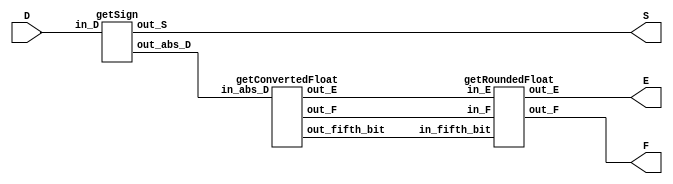
`timescale 1ns / 1ps

// 12 bits to floating point
//   7  |   6 5 4  | 3 2 1 0
//  sign| exponent | significand
module FPCVT(
    //Input data in Two's Complement Representation.
    input [11:0] D,
    // Sign bit of the Floating Point Representation.
    output S,
    // 3-Bit Exponent of the Floating Point Representation.
    output [2:0] E,
    // 4-Bit Significand of the Floating Point Representation.
    output [3:0] F
    );
    
    //create wires
    wire [11:0] m_abs_D; 
    wire [2:0] m_E;
    wire [3:0] m_F;
    wire m_fifth_bit;
    wire out_S;
    wire [2:0] out_E;
    wire [3:0] out_F;

    // create 3 modules
    // sign module
    getSign m_getSign(
    .in_D(D),
    .out_S(out_S),
    .out_abs_D(m_abs_D)
    );
    // convert float module
    getConvertedFloat m_getConvertedFloat(
    .in_abs_D(m_abs_D),
    .out_E(m_E),
    .out_F(m_F),
    .out_fifth_bit(m_fifth_bit)
    );
    // round module
    getRoundedFloat m_getRoundedFloat(
    .in_E(m_E),
    .in_F(m_F),
    .in_fifth_bit(m_fifth_bit),
    .out_E(out_E),
    .out_F(out_F)
    );
    
    assign S = out_S;
    assign E = out_E;
    assign F = out_F;

endmodule

// change 12 bit 2's compliment into sign magnitude representation
module getSign(
    input [11:0] in_D,
    output out_S,
    output reg [11:0] out_abs_D
    );
    
    assign out_S = in_D[11];
    
    always @(*)
    begin
        out_abs_D = in_D;
        if ( in_D[11] == 1 )
        begin
            out_abs_D = ~in_D + 1;
            if (out_abs_D[11] == 1)
            begin
                // edge case for most negative value 10...0
                out_abs_D = ~out_abs_D;
            end
        end
    end
endmodule

// change 12 bit number with a sign bit to float 
// and has output for significant bit after significand
module getConvertedFloat(
    input [11:0] in_abs_D,
    output reg [2:0] out_E,
    output reg [3:0] out_F,
    output reg out_fifth_bit
    );
    
    always @(*)
    begin
        casez ( in_abs_D )
            12'b01zz_zzzz_zzzz:
            begin
                out_E = 3'b111;
                out_F = in_abs_D[10:7];
                out_fifth_bit = in_abs_D[6];
            end
            12'b001z_zzzz_zzzz:
            begin
                out_E = 3'b110;
                out_F = in_abs_D[9:6];
                out_fifth_bit = in_abs_D[5];
            end
            12'b0001_zzzz_zzzz:
            begin
                out_E = 3'b101;
                out_F = in_abs_D[8:5];
                out_fifth_bit = in_abs_D[4];
            end
            12'b0000_1zzz_zzzz:
            begin
                out_E = 3'b100;
                out_F = in_abs_D[7:4];
                out_fifth_bit = in_abs_D[3];
            end
            12'b0000_01zz_zzzz:
            begin
                out_E = 3'b011;
                out_F = in_abs_D[6:3];
                out_fifth_bit = in_abs_D[2];
            end
            12'b0000_001z_zzzz:
            begin
                out_E = 3'b010;
                out_F = in_abs_D[5:2];
                out_fifth_bit = in_abs_D[1];
            end
            12'b0000_0001_zzzz:
            begin
                out_E = 3'b001;
                out_F = in_abs_D[4:1];
                out_fifth_bit = in_abs_D[0];
            end
            default:
            begin
                out_E = 3'b000;
                out_F = in_abs_D[3:0];
                out_fifth_bit = 0; // no significant bit behind the significand
            end
        endcase
    end
endmodule

// given 3 bit exponent, 4 bit significand, 
// and the significant bit after the significand
// round the number either up or down
module getRoundedFloat(
    input [2:0] in_E,
    input [3:0] in_F,
    input in_fifth_bit,
    output reg [2:0] out_E,
    output reg [3:0] out_F
    );

    reg [4:0] overflow_F;
    reg [3:0] overflow_E;
    
    always @(*)
    begin
        // add the significant bit after the significand
        // to the float representation
        overflow_F = in_F + in_fifth_bit;
        // if F overflows then increase the exponent by 1
        overflow_E = in_E + overflow_F[4];
        
        // catch the edge case where exponent overflows
        // 12'b0111_1111_111
        if ( overflow_E[3] )
        begin
            out_F = 4'b1111;
            out_E = 3'b111;
        end
        else
        begin
            // divide by 2 if overflowed
            out_F = overflow_F >> overflow_F[4];
            // truncate the exponent
            out_E = overflow_E[2:0];
        end
    end
endmodule